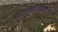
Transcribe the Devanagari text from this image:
मानसविश्लेषणात